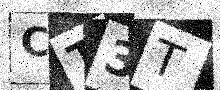
Text: CT3T